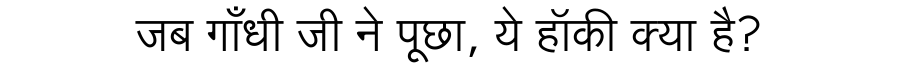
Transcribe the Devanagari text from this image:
जब गाँधी जी ने पूछा, ये हॉकी क्या है?